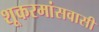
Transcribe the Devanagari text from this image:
शूकरमांसवासी